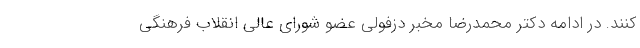
کنند. در ادامه دکتر محمدرضا مخبر دزفولی عضو شورای عالی انقلاب فرهنگی